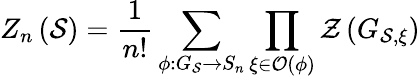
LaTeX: Z_{n}\left(\mathcal{S}\right)=\frac{1}{n!}\sum_{\phi:G_{\mathcal{S}}\rightarrow S_{n}}\prod_{\xi\in\mathcal{O}(\phi)}\mathcal{Z}\left(G_{\mathcal{S},\xi}\right)